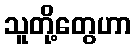
သူတို့တွေဟာ